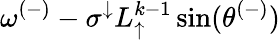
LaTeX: \omega^{(-)}-\sigma^{\downarrow}L_{\uparrow}^{k-1}\sin(\theta^{(-)})